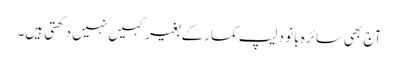
آج بھی سائرہ بانو دلیپ کمارکے بغیر کہیں نہیں دکھتی ہیں۔